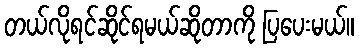
တယ်လိုရင်ဆိုင်ရမယ်ဆိုတာကို ပြပေးမယ်။